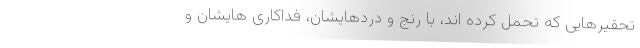
تحقیرهایی که تحمل کرده اند، با رنج و دردهایشان، فداکاری هایشان و